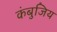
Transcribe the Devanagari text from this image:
कंबुजिय